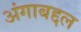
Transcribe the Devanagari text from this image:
अंगाबद्दल